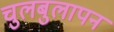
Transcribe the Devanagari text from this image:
चुलबुलापन